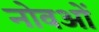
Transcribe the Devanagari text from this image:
नोवओं